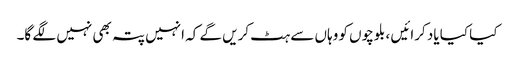
کیا کیا یاد کرائیں ، بلوچوں کو وہاں سے ہٹ کریں گے کہ انہیں پتہ بھی نہیں لگے گا۔